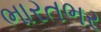
ભારતભર